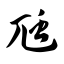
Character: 虺